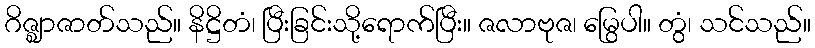
ဂိဇ္ဈာဇာတ်သည်။ နိဋ္ဌိတံ၊ ပြီးခြင်းသို့ရောက်ပြီး။ ဇလာဗုဇ၊ မြွေပါ။ တွံ၊ သင်သည်။